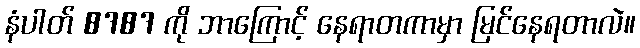
နံပါတ် 8787 ကို ဘာကြောင့် နေရာတကာမှာ မြင်နေရတာလဲ။